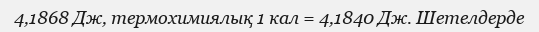
4,1868 Дж, термохимиялық 1 кал = 4,1840 Дж. Шетелдерде